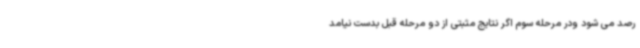
رصد می شود ودر مرحله سوم اگر نتایج مثبتی از دو مرحله قبل بدست نیامد